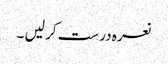
نعرہ درست کر لیں‌ ۔